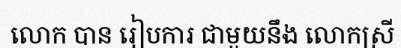
លោក បាន រៀបការ ជាមួយនឹង លោកស្រី